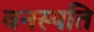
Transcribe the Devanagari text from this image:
वनस्‍पति